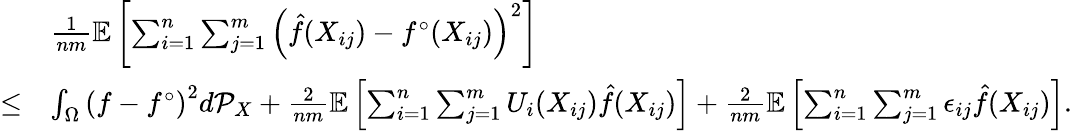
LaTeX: \begin{array}{rl}&{\frac{1}{nm}\mathbb{E}\left[\sum_{i=1}^{n}\sum_{j=1}^{m}\left(\hat{f}(X_{ij})-f^{\circ}(X_{ij})\right)^{2}\right]}\\ {\leq}&{\int_{\Omega}\left(f-f^{\circ}\right)^{2}d\mathcal{P}_{X}+\frac{2}{nm}\mathbb{E}\left[\sum_{i=1}^{n}\sum_{j=1}^{m}U_{i}(X_{ij})\hat{f}(X_{ij})\right]+\frac{2}{nm}\mathbb{E}\left[\sum_{i=1}^{n}\sum_{j=1}^{m}\epsilon_{ij}\hat{f}(X_{ij})\right].}\end{array}